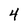
Character: 4